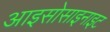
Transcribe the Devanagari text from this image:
आइसोसाइनाइट